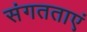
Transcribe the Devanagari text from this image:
संगतताएं